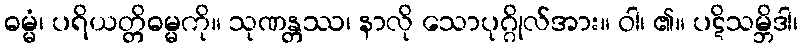
ဓမ္မံ၊ ပရိယတ္တိဓမ္မကို။ သုဏန္တဿ၊ နာလို သောပုဂ္ဂိုလ်အား။ ဝါ၊ ၏။ ပဋိသမ္ဘိဒါ၊